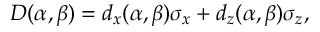
D ( \alpha , \beta ) = d _ { x } ( \alpha , \beta ) \sigma _ { x } + d _ { z } ( \alpha , \beta ) \sigma _ { z } ,